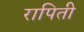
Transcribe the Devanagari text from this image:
रापिती